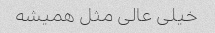
خیلی عالی مثل همیشه